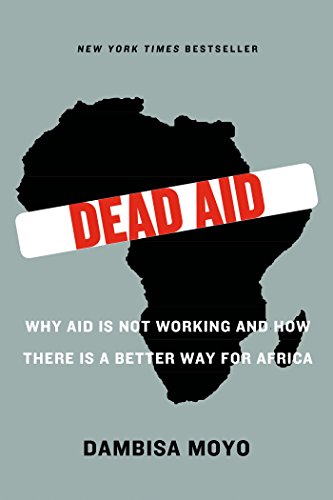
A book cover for Dead Aid: Why Aid Is Not Working and How There Is a Better Way for Africa; Dambisa Moyo; Business & Money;